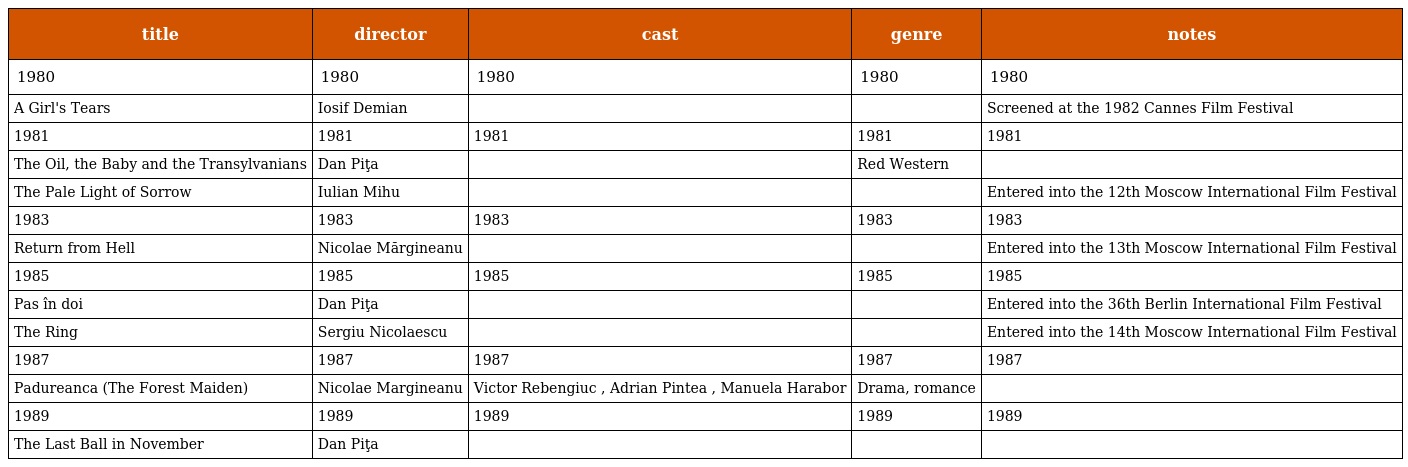
| title | director | cast | genre | notes |
 | --- | --- | --- | --- | --- |
 | 1980 | 1980 | 1980 | 1980 | 1980 |
 | A Girl's Tears | Iosif Demian |  |  | Screened at the 1982 Cannes Film Festival |
 | 1981 | 1981 | 1981 | 1981 | 1981 |
 | The Oil, the Baby and the Transylvanians | Dan Piţa |  | Red Western |  |
 | The Pale Light of Sorrow | Iulian Mihu |  |  | Entered into the 12th Moscow International Film Festival |
 | 1983 | 1983 | 1983 | 1983 | 1983 |
 | Return from Hell | Nicolae Mărgineanu |  |  | Entered into the 13th Moscow International Film Festival |
 | 1985 | 1985 | 1985 | 1985 | 1985 |
 | Pas în doi | Dan Piţa |  |  | Entered into the 36th Berlin International Film Festival |
 | The Ring | Sergiu Nicolaescu |  |  | Entered into the 14th Moscow International Film Festival |
 | 1987 | 1987 | 1987 | 1987 | 1987 |
 | Padureanca (The Forest Maiden) | Nicolae Margineanu | Victor Rebengiuc , Adrian Pintea , Manuela Harabor | Drama, romance |  |
 | 1989 | 1989 | 1989 | 1989 | 1989 |
 | The Last Ball in November | Dan Piţa |  |  |  |